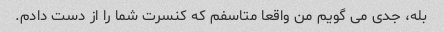
بله، جدی می گویم من واقعا متاسفم که کنسرت شما را از دست دادم.